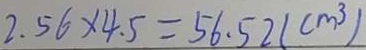
2 . 5 6 \times 4 . 5 = 5 6 . 5 2 ( c m ^ { 3 } )